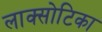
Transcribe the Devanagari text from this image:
लाक्सोटिका